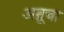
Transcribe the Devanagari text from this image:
अब्रूचा